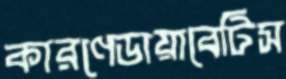
কারণেডায়াবেটিস